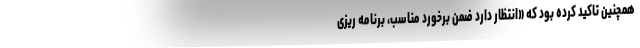
همچنین تاکید کرده بود که «انتظار دارد ضمن برخورد مناسب، برنامه ریزی